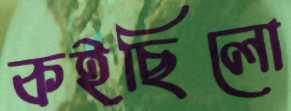
কইছিলো